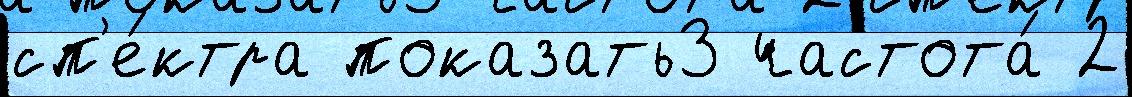
сп'е́ктра показать3 частота́ 2